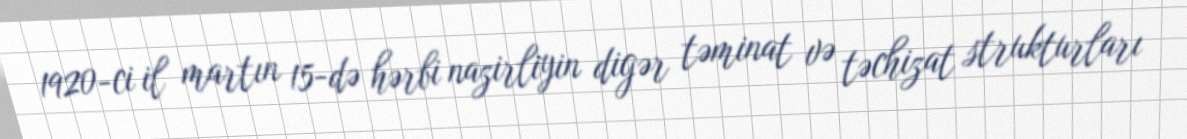
1920-ci il martın 15-də hərbi nazirliyin digər təminat və təchizat strukturları